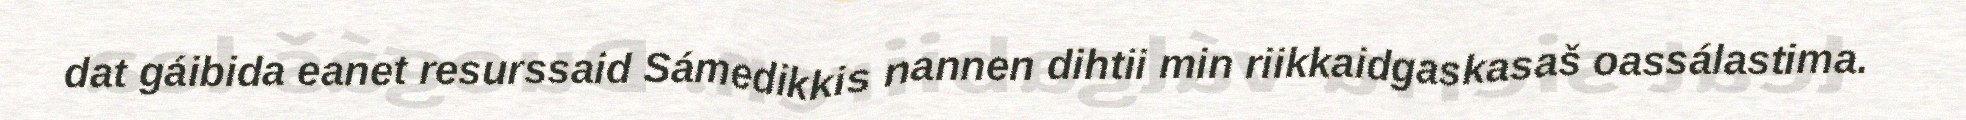
dat gáibida eanet resurssaid Sámedikkis nannen dihtii min riikkaidgaskasaš oassálastima.